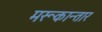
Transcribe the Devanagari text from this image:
मरूकान्तार